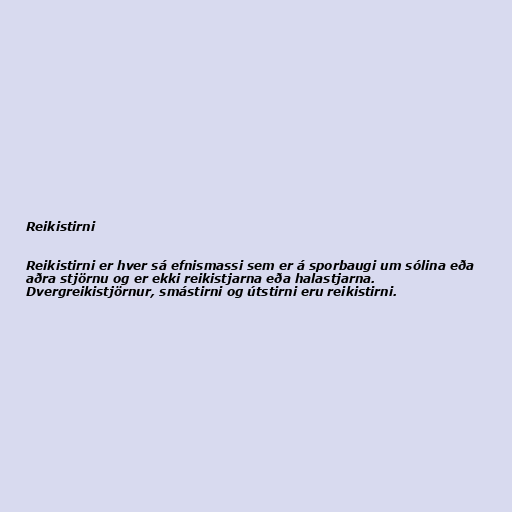
Reikistirni

Reikistirni er hver sá efnismassi sem er á sporbaugi um sólina eða
aðra stjörnu og er ekki reikistjarna eða halastjarna.
Dvergreikistjörnur, smástirni og útstirni eru reikistirni.